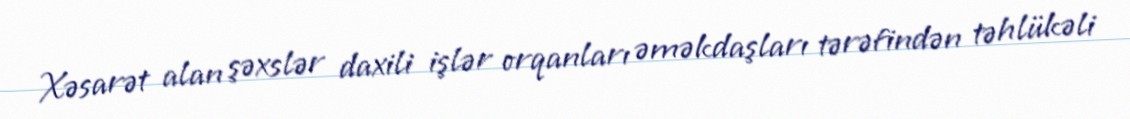
Xəsarət alan şəxslər daxili işlər orqanları əməkdaşları tərəfindən təhlükəli